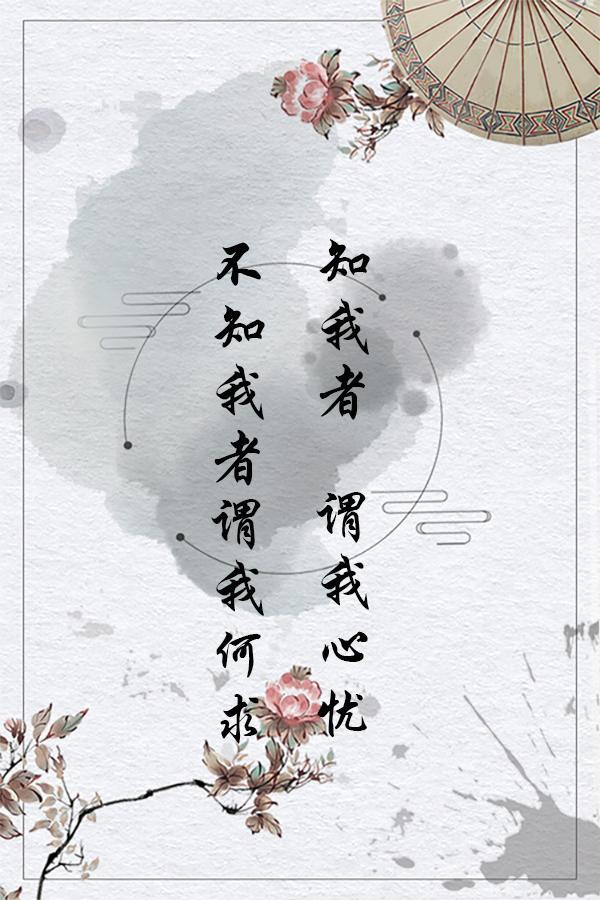
知我者，谓我心忧不知我者，谓我何求。